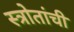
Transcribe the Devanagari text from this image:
स्त्रोतांची